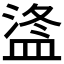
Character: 𪾒